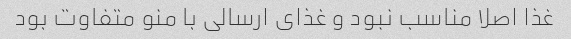
غذا اصلا مناسب نبود و غذای ارسالی با منو متفاوت بود